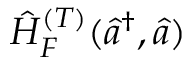
\hat { H } _ { F } ^ { ( T ) } ( \hat { a } ^ { \dagger } , \hat { a } )